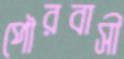
পৌরবাসী